Civil Veterinary Dept. Bombay admin report 1900-1906 - 1900-1906
Year: 1900
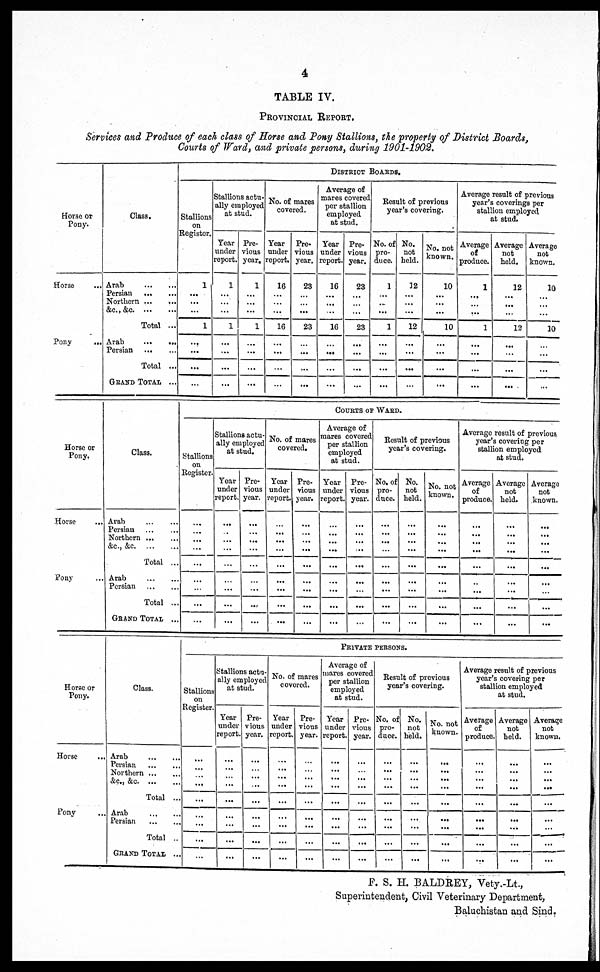
4
TABLE IV.
PROVINCIAL REPORT..
Services and Produce of each class of Horse and Pony Stallions, the property of District Boards,
Courts of Ward, and private persons, during 1901-1902.
Horse or
Pony.
Horse
...
Pony
...
Class.
Arab
...
...
Persian ... ...
Northern ... ...
&c., &c.
...
...
Total ...
Arab
...
...
Persian
...
...
Total ...
GRAND TOTAL ...
DISTRICT BOARDS.
Stallions
on
Register.
1
...
...
...
1
...
...
...
...
Stallions actu-
ally employed
at stud.
Tear
under
report.
1
...
...
...
1
...
...
...
...
Pre-
vious
year.
1
...
...
...
1
...
...
...
...
No. of mares
covered.
Year
under
report.
16
...
...
...
16
...
...
...
...
Pre-
vious
year.
23
...
...
...
23
...
...
...
...
Average of
mares covered
per stallion
employed
at stud.
Year
under
report.
16
...
...
...
16
...
...
...
...
Pre-
vious
year.
23
...
...
...
23
...
...
...
...
Result of previous
year's covering.
No. of
pro-
duce.
1
...
...
...
1
...
...
...
...
No.
not
held.
12
...
...
...
12
...
...
...
...
No. not
known.
10
...
...
...
10
...
...
...
...
Average result of previous
year's coverings per
stallion employed
at stud.
Average
of
produce.
1
...
...
...
1
...
...
...
...
Average
not
held.
12
...
...
...
12
...
...
...
...
Average
not
known.
10
...
...
...
10
...
...
...
...
Horse or
Pony.
Horse ...
Pony ...
Class.
Arab
...
...
Persian
...
...
Northern
...
...
&c., &c.
...
...
Total ...
Arab
...
...
Persian
...
...
Total ...
GRAND TOTAL ...
COURTS OF WARD.
Stallions
on
Register.
...
...
...
...
...
...
...
...
...
Stallions actu-
ally employed
at stud.
Year
under
report.
...
...
...
...
...
...
...
...
...
Pre-
vious
year.
...
...
...
...
...
...
...
...
...
No. of mares
covered.
Year
under
report.
...
...
...
...
...
...
...
...
Pre-
vious
year.
...
...
...
...
...
...
...
...
Average of
mares covered
per stallion
employed
at stud.
Year
under
report.
...
...
...
...
...
...
...
...
...
Pre-
vious
year.
...
...
...
...
...
...
...
...
...
Result of previous
year's covering.
No. of
pro-
duce.
...
...
...
...
...
...
...
...
...
No.
not
held.
...
...
...
...
...
...
...
...
...
No. not
known.
...
...
...
...
...
...
...
...
...
Average result of previous
years covering per
stallion employed
at stud.
Average
of
produce.
...
...
...
...
...
...
...
...
...
Average
not
held.
...
...
...
...
...
...
...
...
...
Average
not
known.
...
...
...
...
...
...
...
...
Horse or
Pony.
Horse ...
Pony ...
Class.
Arab
...
...
Persian
...
...
Northern
...
...
&c., &c. ... ...
Total ...
Arab
...
...
Persian
...
...
Total ...
GRAND TOTAL ...
PRIVATE PERSONS.
Stallions
on
Register.
...
...
...
...
...
...
...
...
...
Stallions actu-
ally employed
at stud.
Year
under
report.
...
...
...
...
...
...
...
...
...
Pre-
vious
year.
...
...
...
...
...
...
...
...
...
No. of mares
covered.
Year
under
report.
...
...
...
...
...
...
...
...
...
Pre-
vious
year.
...
...
......
...
...
...
...
...
...
Average of
mares covered
per stallion
employed
at stud.
Year
under
report.
...
...
...
...
...
...
...
...
...
Pro-
nous
year.
...
...
...
...
...
...
...
...
...
Result of previous
year's covering.
No. of
pro-
duce.
...
...
...
...
...
...
...
...
...
No.
not
held.
...
...
...
...
...
...
...
...
...
No. not
known.
...
...
...
...
...
...
...
...
...
Average result of previous
year's covering per
stallion employed
at stud.
Average
of
produce.
...
...
...
...
...
...
...
...
...
Average
not
held.
...
...
...
...
...
...
...
...
...
Average
not
known.
...
...
...
...
...
...
...
...
...
F. S. H. BALDREY, Vety.-Lt.,
Superintendent, Civil Veterinary Department,
Baluchistan and Sind.